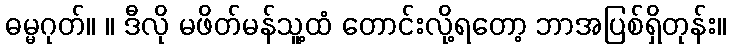
ဓမ္မဂုတ်။ ။ ဒီလို မဖိတ်မန်သူ့ထံ တောင်းလို့ရတော့ ဘာအပြစ်ရှိတုန်း။